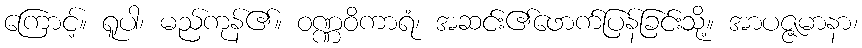
ကြောင့်။ ရူပါ၊ မည်ကုန်၏။ ဝဏ္ဏဝိကာရံ၊ အဆင်း၏ဖောက်ပြန်ခြင်းသို့။ အာပဇ္ဇမာနာ၊